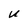
Character: U